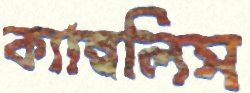
ক্যাম্বলিস